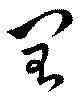
閏